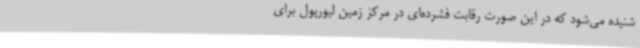
شنیده می‌شود که در این صورت رقابت فشرده‌ای در مرکز زمین لیورپول برای